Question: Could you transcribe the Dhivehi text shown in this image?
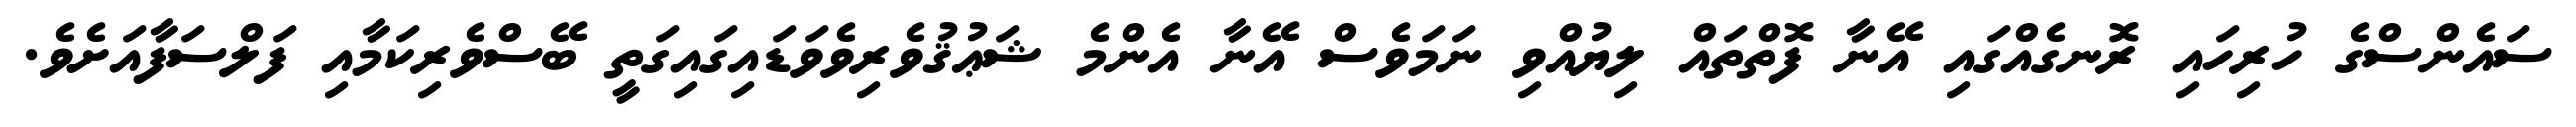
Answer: ސައެންސްގެ ހުރިހައި ރޮނގެއްގައި އޭނާ ފޮތްތައް ލިޔުއްވި ނަމަވެސް އޭނާ އެންމެ ޝަޢުޤުވެރިވެވަޑައިގައިގަތީ ބޭސްވެރިކަމާއި ފަލްސަފާއަށެވެ.